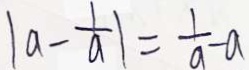
\vert a - \frac { 1 } { a } \vert = \frac { 1 } { a } - a